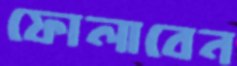
ফোলাবেন